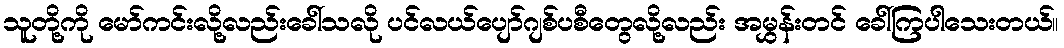
သူတို့ကို မော်ကင်းလို့လည်းခေါ်သလို ပင်လယ်ပျော်ဂျစ်ပစီတွေလို့လည်း အမွှန်းတင် ခေါ်ကြပါသေးတယ်။